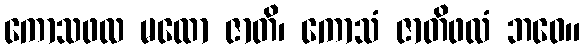
ကောသဖလ မထော ဇာတိ၊ ကောသံ ဇာတိဖလံ ဘဝေ။